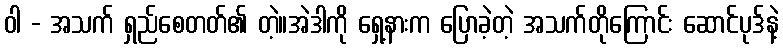
ဝါ - အသက် ရှည်စေတတ်၏ တဲ့။အဲဒါကို ရှေ့နားက ပြောခဲ့တဲ့ အသက်တိုကြောင်း ဆောင်ပုဒ်နဲ့